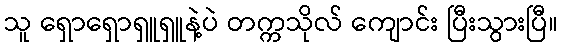
သူ ရှောရှောရှူရှူနဲ့ပဲ တက္ကသိုလ် ကျောင်း ပြီးသွားပြီ။